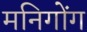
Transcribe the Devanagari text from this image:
मनिगोंग